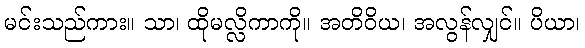
မင်းသည်ကား။ သာ၊ ထိုမလ္လိကာကို။ အတိဝိယ၊ အလွန်လျှင်။ ပိယာ၊